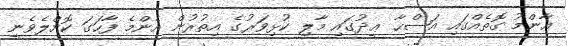
ޢާންމު ގޮތެއްގައި އަޟްޙާ ޢީދުގައި މާލި ކުޅިވަރުގެ އިތުރުން އެންމެ ފާހަގަ ކޮށްލެވެނީ